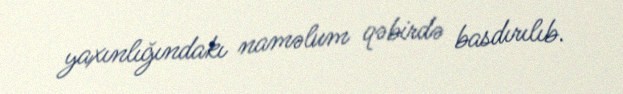
yaxınlığındakı naməlum qəbirdə basdırılıb.